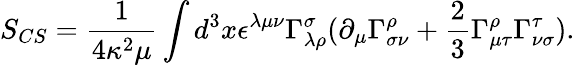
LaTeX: S_{CS}=\frac{1}{4\kappa^{2}\mu}\int d^{3}x\epsilon^{\lambda\mu\nu}\Gamma_{\lambda\rho}^{\sigma}(\partial_{\mu}\Gamma_{\sigma\nu}^{\rho}+\frac{2}{3}\Gamma_{\mu\tau}^{\rho}\Gamma_{\nu\sigma}^{\tau}).